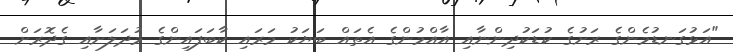
"އަޅުގަނޑުމެންގެ ރަށުގެ ކުޑަކުދިންނާއި އާއްމުންގެ އެތައް ބަޔަކު މަރައި ކާބަފައިންގެ މުދަލަށާއި ގެދޮރަށް